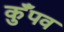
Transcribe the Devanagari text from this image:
कुँपव